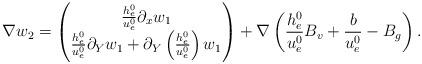
LaTeX: \begin{align*}\begin{aligned}\nabla w_2=\begin{pmatrix} \frac{h^0_e}{u^0_e}\partial_x w_1\\ \frac{h^0_e}{u^0_e}\partial_Y w_1+\partial_Y\left(\frac{h^0_e}{u^0_e}\right)w_1\end{pmatrix}+\nabla \left(\frac{h^0_e}{u^0_e}B_v+\frac{b}{u^0_e}-B_g\right).\end{aligned}\end{align*}